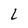
Character: L